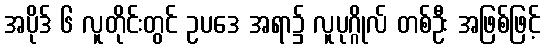
အပိုဒ် ၆ လူတိုင်းတွင် ဥပဒေ အရာ၌ လူပုဂ္ဂိုလ် တစ်ဦး အဖြစ်ဖြင့်